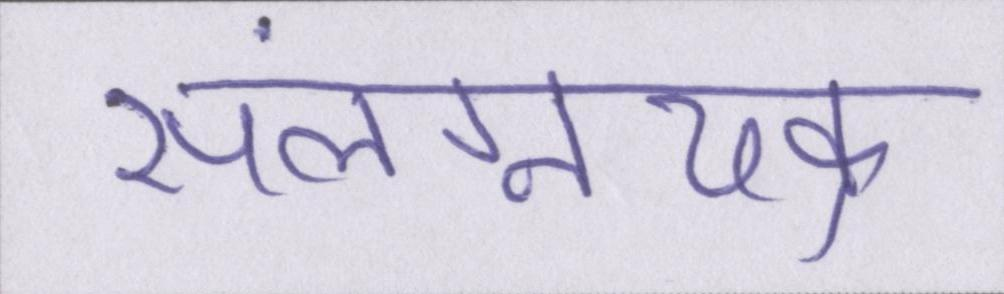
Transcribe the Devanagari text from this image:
संलग्नचक्र